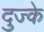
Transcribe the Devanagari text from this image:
दुज्के